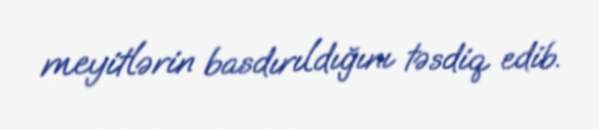
meyitlərin basdırıldığını təsdiq edib.